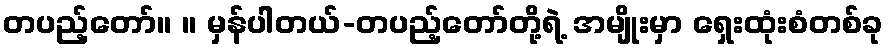
တပည့်တော်။ ။ မှန်ပါတယ်-တပည့်တော်တို့ရဲ့ အမျိုးမှာ ရှေးထုံးစံတစ်ခု